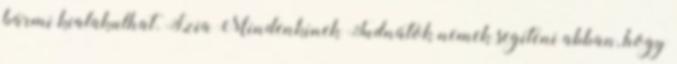
bármi kialakulhat. Szia Mindenkinek Tudnátok nemek segíteni abban, hogy